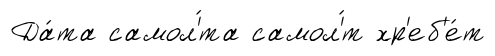
Да́та самол'́та самол'́т хр'еб'е́т